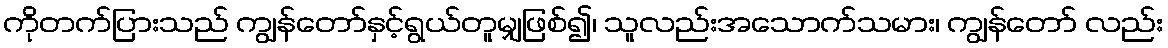
ကိုတက်ပြားသည် ကျွန်တော်နှင့်ရွယ်တူမျှဖြစ်၍၊ သူလည်းအသောက်သမား၊ ကျွန်တော် လည်း